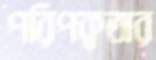
পরিপক্বতার